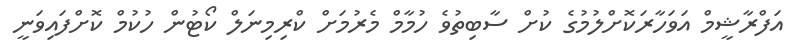
އަފްރާޝީމް އަވަހާރަކޮށްލުމުގެ ކުށް ސާބިތުވެ ހުމާމް މެރުމަށް ކްރިމިނަލް ކޯޓުން ހުކުމް ކޮށްފައިވަނީ